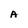
Character: A